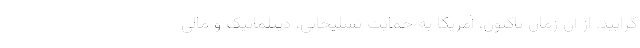
گرایید. از آن زمان تاکنون، آمریکا به حمایت تسلیحاتی، دیپلماتیک و مالی